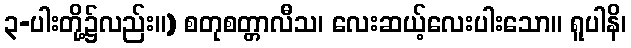
၃-ပါးတို့၌လည်း။) စတုစတ္တာလီသ၊ လေးဆယ့်လေးပါးသော။ ရူပါနိ၊